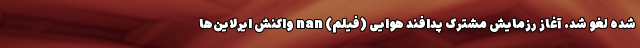
شده لغو شد. آغاز رزمایش مشترک پدافند هوایی (فیلم) nan واکنش ایرلاین‌ها